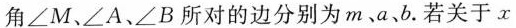
角\angle M、\angle A、\angle B所对的边分别为m、a、b。若关于x